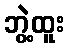
ဘွဲ့ထူး